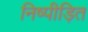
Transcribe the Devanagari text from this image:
निष्पीड़ित